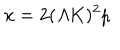
LaTeX: \dot { x } = 2 ( { \mit \Lambda } K ) ^ { 2 } p